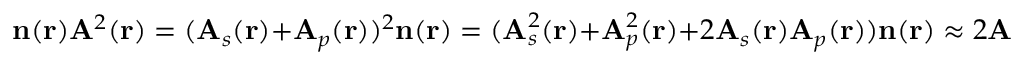
\mathbf { n } ( \mathbf { r } ) \mathbf { A } ^ { 2 } ( \mathbf { r } ) = ( \mathbf { A } _ { s } ( \mathbf { r } ) + \mathbf { A } _ { p } ( \mathbf { r } ) ) ^ { 2 } \mathbf { n } ( \mathbf { r } ) = ( \mathbf { A } _ { s } ^ { 2 } ( \mathbf { r } ) + \mathbf { A } _ { p } ^ { 2 } ( \mathbf { r } ) + 2 \mathbf { A } _ { s } ( \mathbf { r } ) \mathbf { A } _ { p } ( \mathbf { r } ) ) \mathbf { n } ( \mathbf { r } ) \approx 2 \mathbf { A } _ { s } ( \mathbf { r } ) \mathbf { A } _ { p } ( \mathbf { r } ) \mathbf { n } ( \mathbf { r } )